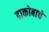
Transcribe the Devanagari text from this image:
ढाकोबाचे